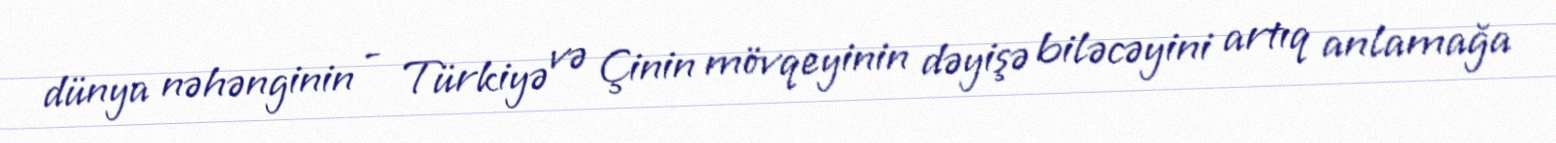
dünya nəhənginin - Türkiyə və Çinin mövqeyinin dəyişə biləcəyini artıq anlamağa